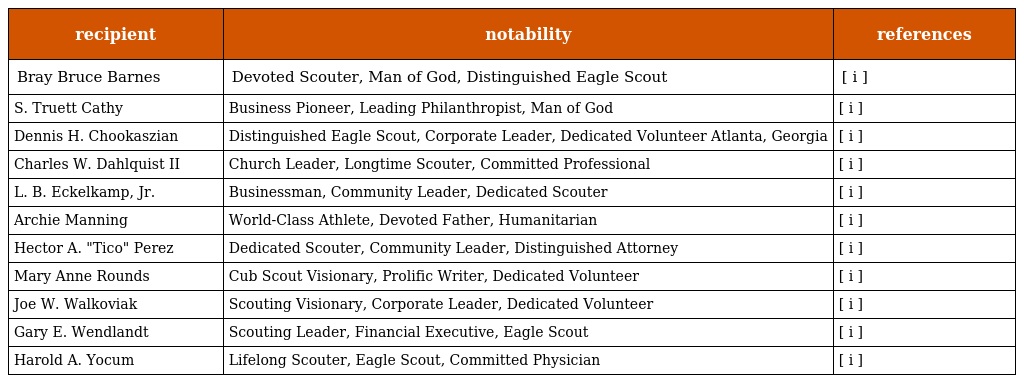
| recipient | notability | references |
 | --- | --- | --- |
 | Bray Bruce Barnes | Devoted Scouter, Man of God, Distinguished Eagle Scout | [ i ] |
 | S. Truett Cathy | Business Pioneer, Leading Philanthropist, Man of God | [ i ] |
 | Dennis H. Chookaszian | Distinguished Eagle Scout, Corporate Leader, Dedicated Volunteer Atlanta, Georgia | [ i ] |
 | Charles W. Dahlquist II | Church Leader, Longtime Scouter, Committed Professional | [ i ] |
 | L. B. Eckelkamp, Jr. | Businessman, Community Leader, Dedicated Scouter | [ i ] |
 | Archie Manning | World-Class Athlete, Devoted Father, Humanitarian | [ i ] |
 | Hector A. "Tico" Perez | Dedicated Scouter, Community Leader, Distinguished Attorney | [ i ] |
 | Mary Anne Rounds | Cub Scout Visionary, Prolific Writer, Dedicated Volunteer | [ i ] |
 | Joe W. Walkoviak | Scouting Visionary, Corporate Leader, Dedicated Volunteer | [ i ] |
 | Gary E. Wendlandt | Scouting Leader, Financial Executive, Eagle Scout | [ i ] |
 | Harold A. Yocum | Lifelong Scouter, Eagle Scout, Committed Physician | [ i ] |